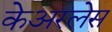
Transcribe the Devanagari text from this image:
केअरलेस